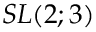
S L ( 2 ; 3 )